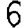
Digit: 6